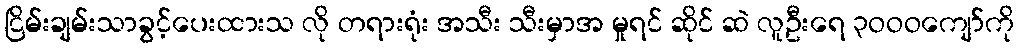
ငြိမ်းချမ်းသာခွင့်ပေးထားသ လို တရားရုံး အသီး သီးမှာအ မှုရင် ဆိုင် ဆဲ လူဦးရေ ၃ဝဝဝကျော်ကို